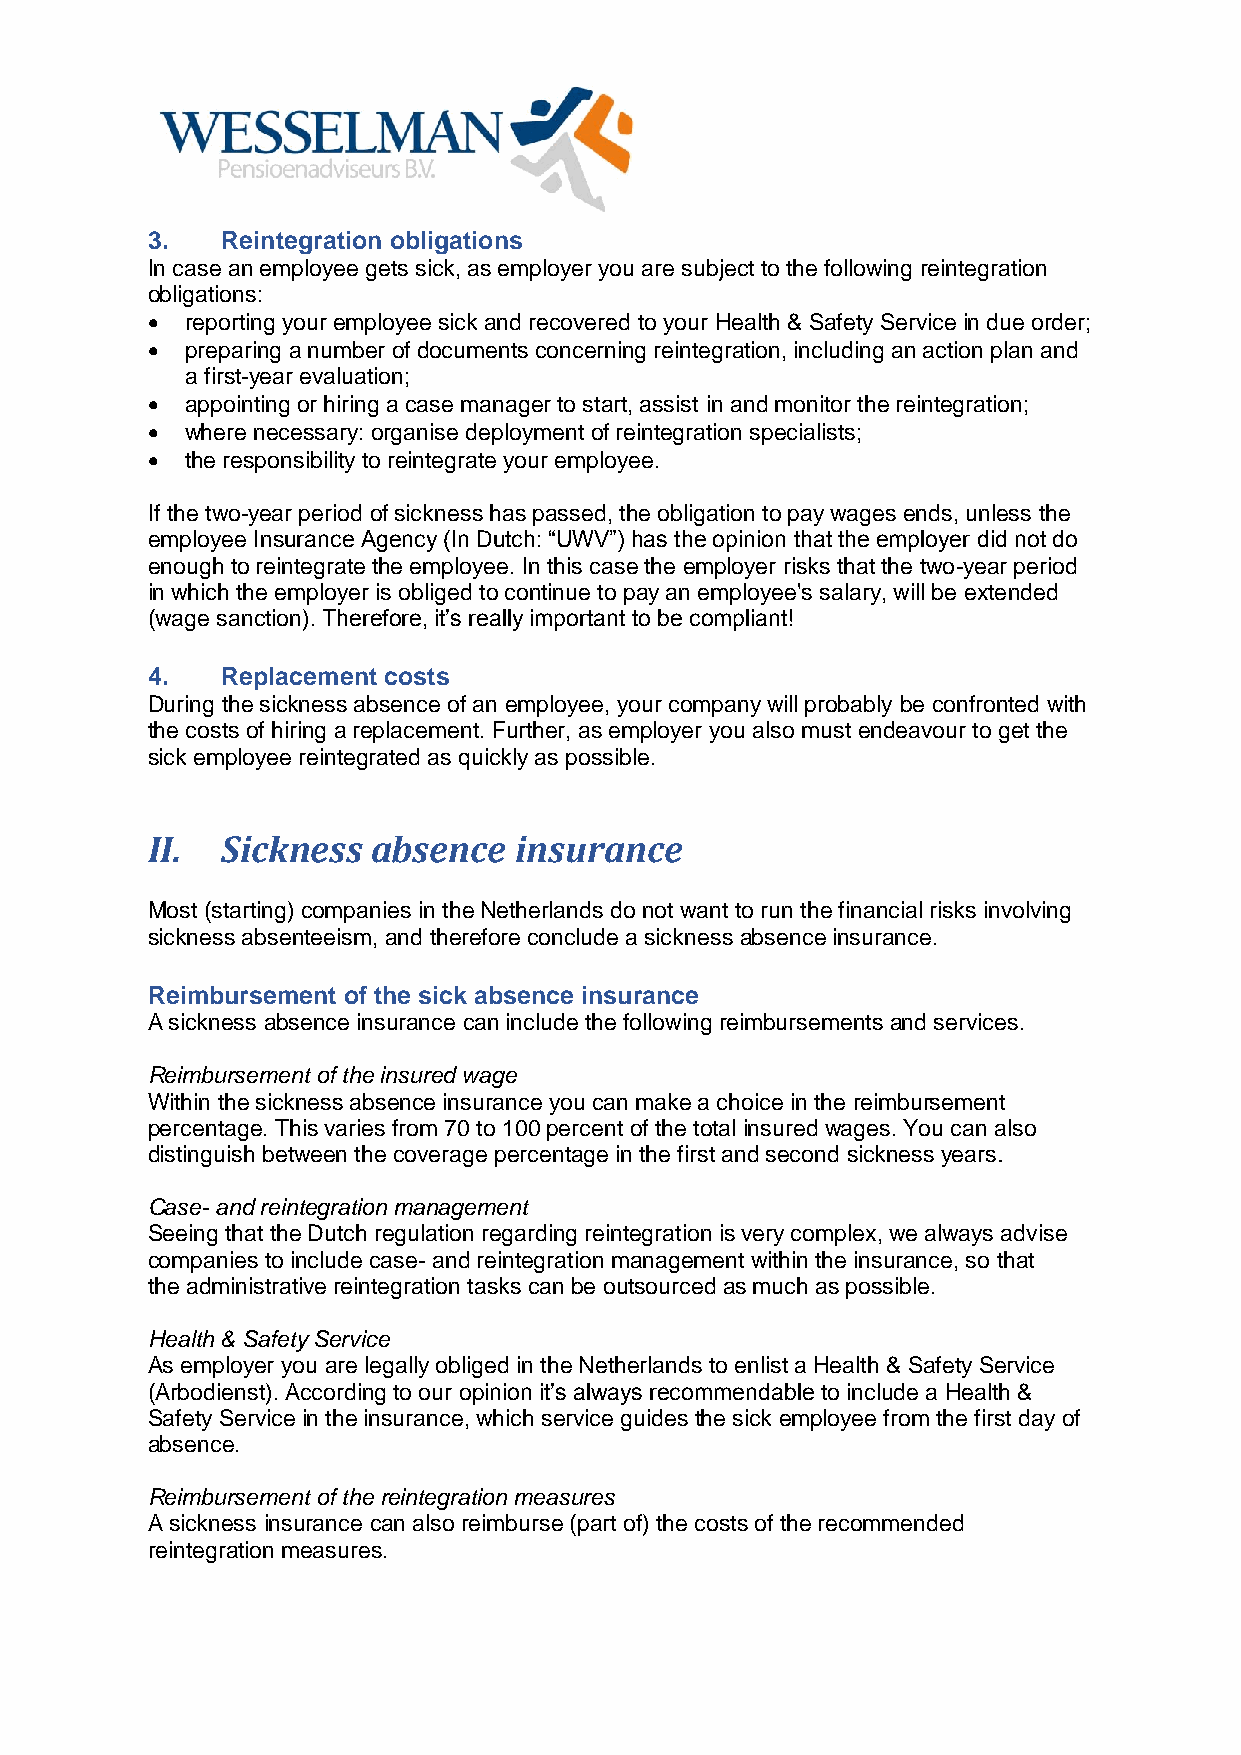
3.   Reintegration obligations
 In case an employee gets sick, as employer you are subject to the following reintegration
 obligations:
 • reporting your employee sick and recovered to your Health & Safety Service in due order;
 • preparing a number of documents concerning reintegration, including an action plan and
 a first-year evaluation;
 • appointing or hiring a case manager to start, assist in and monitor the reintegration;
 • where necessary: organise deployment of reintegration specialists;
 • the responsibility to reintegrate your employee.
 If the two-year period of sickness has passed, the obligation to pay wages ends, unless the
 employee Insurance Agency (In Dutch: “UWV”) has the opinion that the employer did not do
 enough to reintegrate the employee. In this case the employer risks that the two-year period
 in which the employer is obliged to continue to pay an employee's salary, will be extended
 (wage sanction). Therefore, it’s really important to be compliant!
 4.   Replacement costs
 During the sickness absence of an employee, your company will probably be confronted with
 the costs of hiring a replacement. Further, as employer you also must endeavour to get the
 sick employee reintegrated as quickly as possible.
 II.  Sickness  absence  insurance
 Most (starting) companies in the Netherlands do not want to run the financial risks involving
 sickness absenteeism, and therefore conclude a sickness absence insurance.
 Reimbursement of the sick absence insurance
 A sickness absence insurance can include the following reimbursements and services.
 Reimbursement of the insured wage
 Within the sickness absence insurance you can make a choice in the reimbursement
 percentage. This varies from 70 to 100 percent of the total insured wages. You can also
 distinguish between the coverage percentage in the first and second sickness years.
 Case- and reintegration management
 Seeing that the Dutch regulation regarding reintegration is very complex, we always advise
 companies to include case- and reintegration management within the insurance, so that
 the administrative reintegration tasks can be outsourced as much as possible.
 Health & Safety Service
 As employer you are legally obliged in the Netherlands to enlist a Health & Safety Service
 (Arbodienst). According to our opinion it’s always recommendable to include a Health &
 Safety Service in the insurance, which service guides the sick employee from the first day of
 absence.
 Reimbursement of the reintegration measures
 A sickness insurance can also reimburse (part of) the costs of the recommended
 reintegration measures.